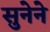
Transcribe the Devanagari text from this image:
सुनेने